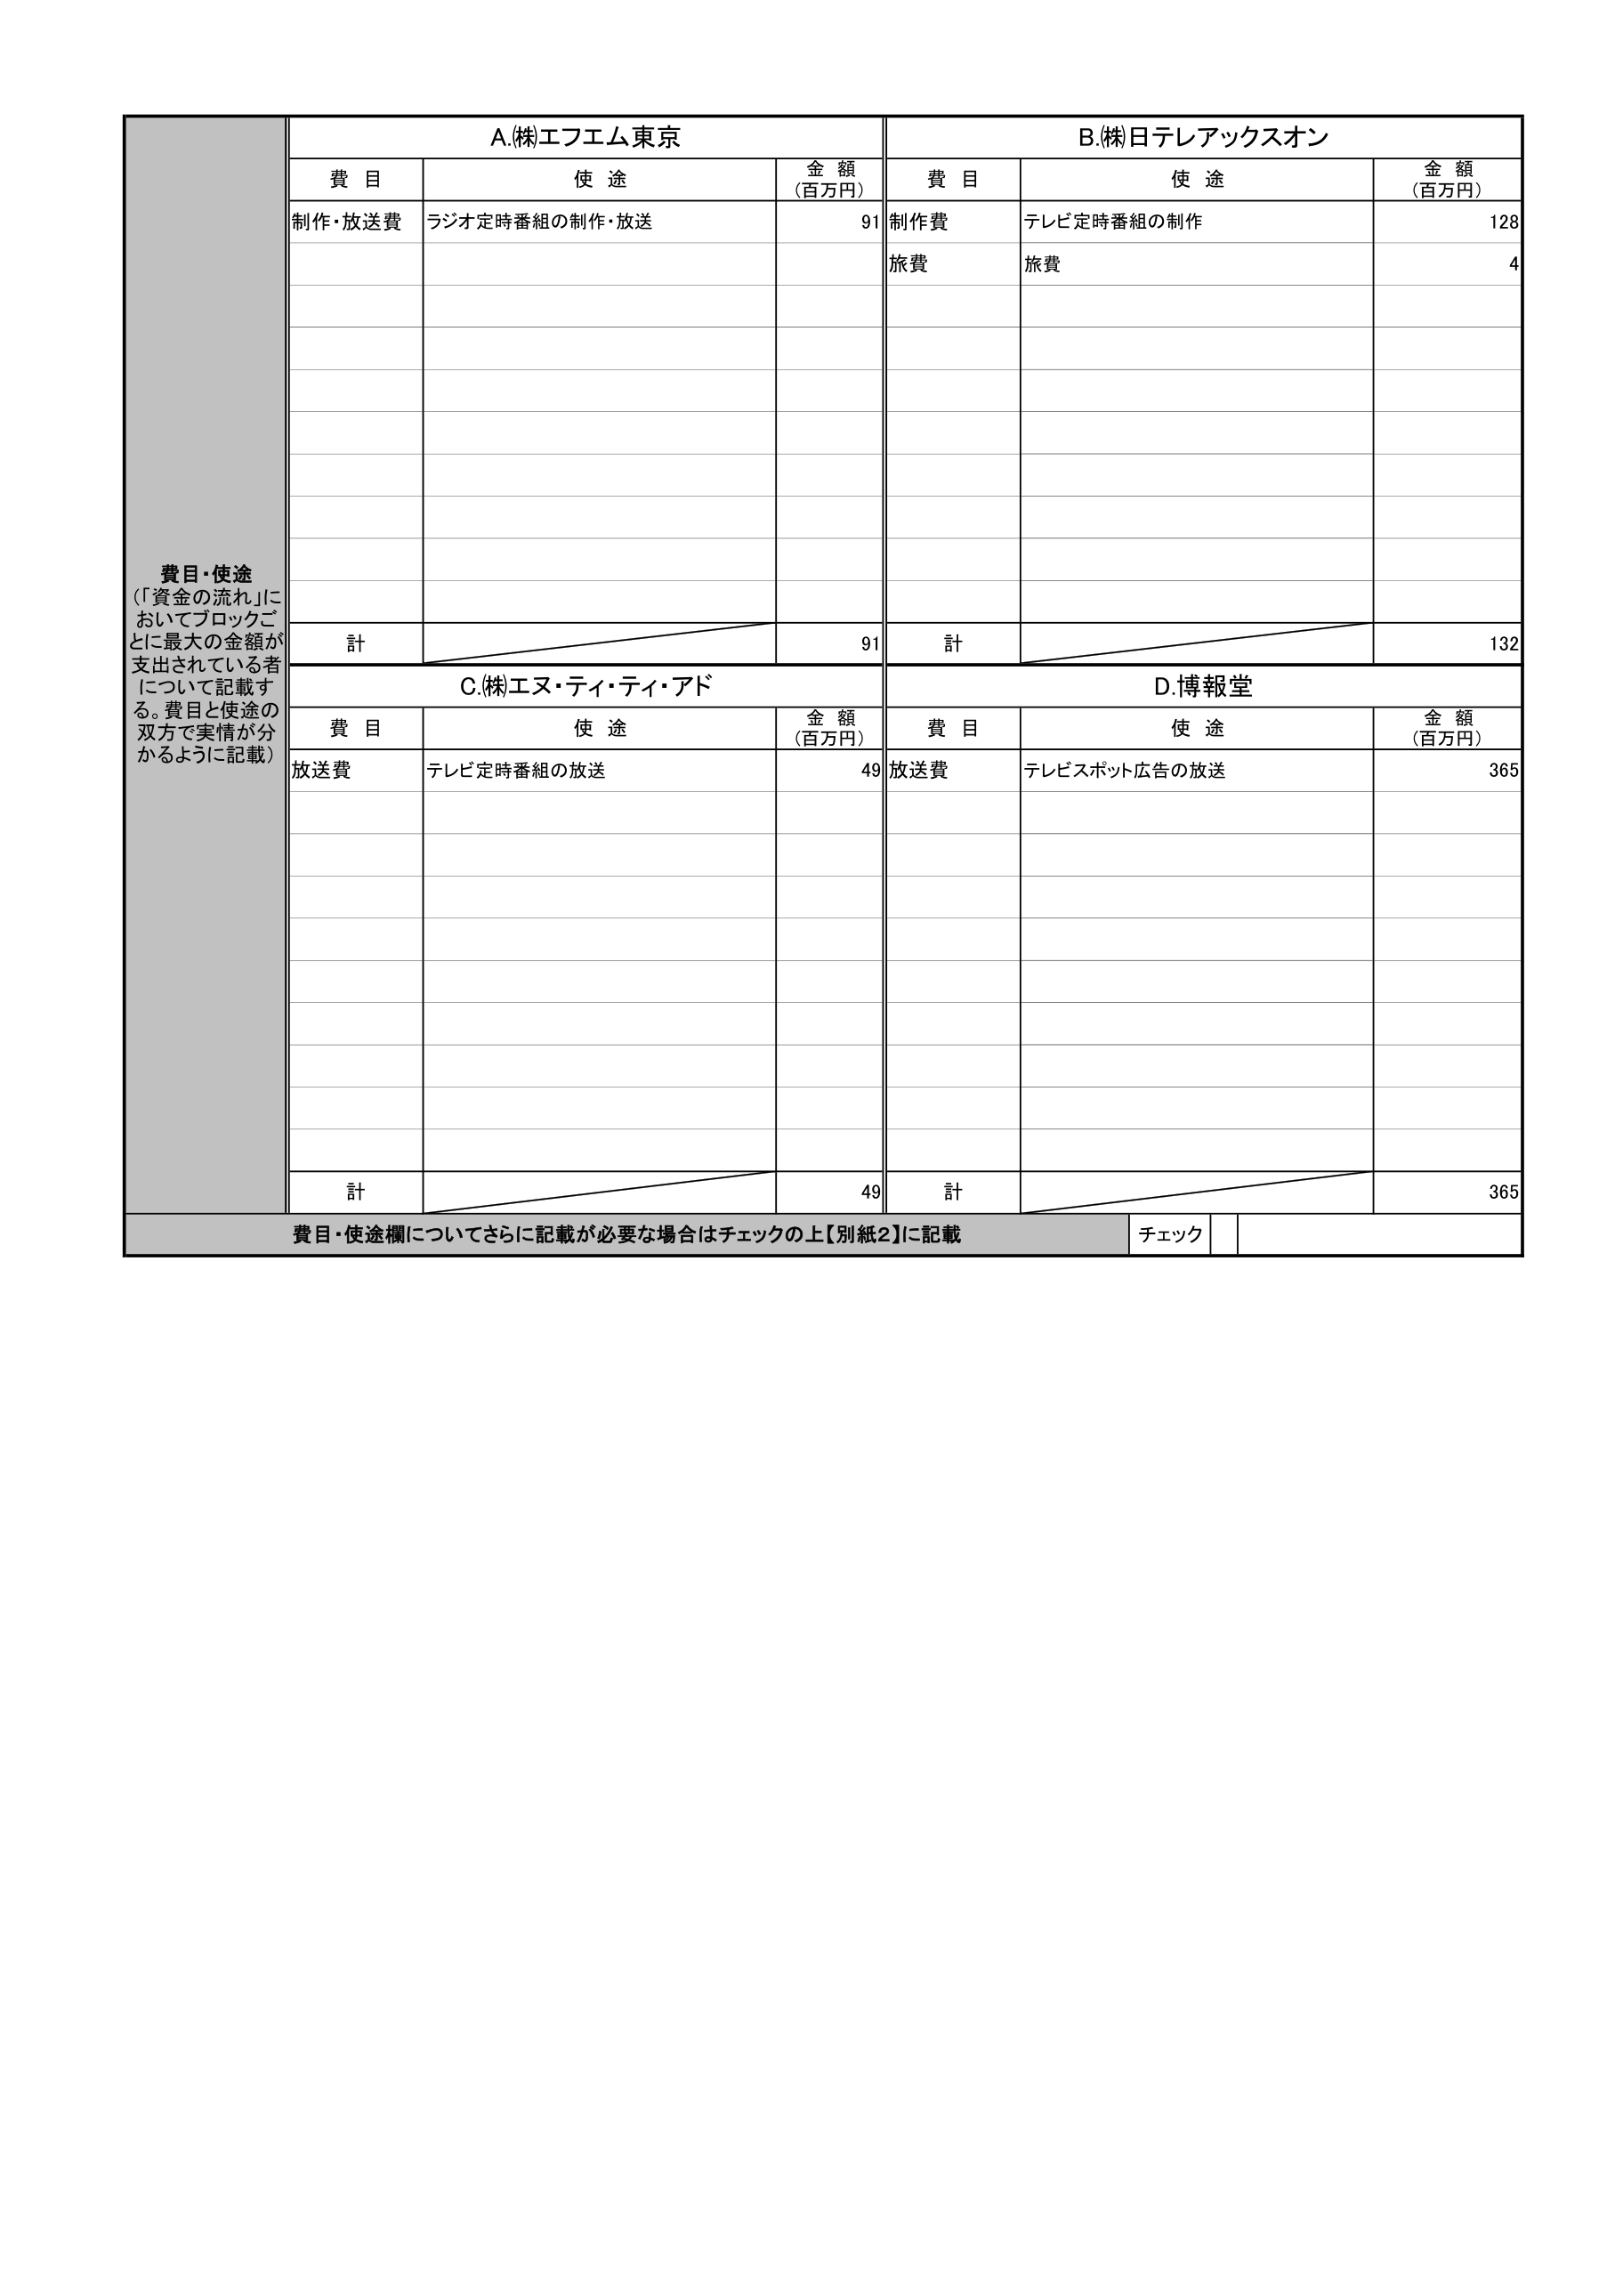
費目・使途
（「資金の流れ」においてブロックごとに最大の金額が支出されている者について記載する。費目と使途の双方で実情が分かるように記載）

A.(株)エフエム東京
費目　　使途　　金額（百万円）
制作・放送費　ラジオ定時番組の制作・放送　91
計　　　　　　　　　　　　　　　　　91

B.(株)日テレアックスオン
費目　　使途　　金額（百万円）
制作費　テレビ定時番組の制作　128
旅費　　旅費　4
計　　　　　　　　　　　　　　　132

C.(株)エヌ・ティ・ティ・アド
費目　　使途　　金額（百万円）
放送費　テレビ定時番組の放送　49
計　　　　　　　　　　　　　　　49

D.博報堂
費目　　使途　　金額（百万円）
放送費　テレビスポット広告の放送　365
計　　　　　　　　　　　　　　　365

費目・使途欄についてさらに記載が必要な場合はチェックの上【別紙2】に記載
チェック